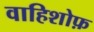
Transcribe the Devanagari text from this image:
वाहिशोफ़